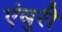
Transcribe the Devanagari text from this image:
एंबुरी